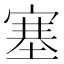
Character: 塞